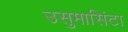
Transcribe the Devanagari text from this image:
उसुमासिंटा